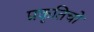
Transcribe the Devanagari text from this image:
प्रकृतिचो